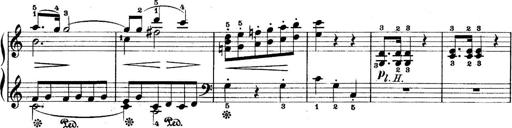
Title: 5 Sonatinas
Composer: Theodor Kirchner